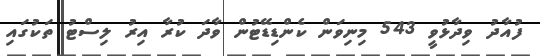
ފުއާދު ވިދާޅުވީ 543 މިނިވަން ކެންޑިޑޭޓުން ވާދަ ކުރާ އިރު ލިސްޓު ތަކުގައި